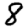
Digit: 8